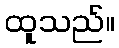
ထူသည်။